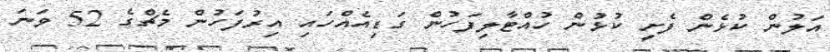
އަލުން ކުޅެން ފެށީ ކުޅުން ހުއްޓާލިފަހުން ގަޑިއެއްހައި އިރުފަހުން މެޗްގެ 52 ވަނަ